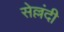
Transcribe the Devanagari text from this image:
सेल्लंदी